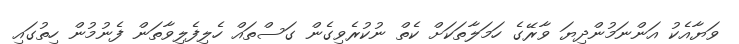
ވަޔާއެކު އަންނަމުންދިޔަ ވާރޭގެ ހަމަލާތަކަށް ކެތް ނުކުރެވިގެން ގަސްތައް ހެލިފެލިވާތަން ފެނުމުން ހިތުގައި